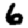
Digit: 6